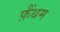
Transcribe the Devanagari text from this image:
फ़ैंथम